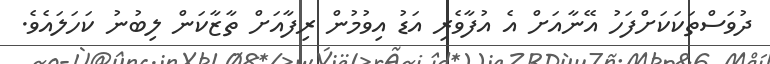
ދުވަސްތަކަކަށްފަހު އޭނާއަށް އެ އުފާވެރި އަޑު އިވުމުން ރިފާއަށް ތާޒާކަން ލިބުނު ކަހަލައެވެ.